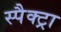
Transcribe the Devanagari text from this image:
स्पैक्ट्रा